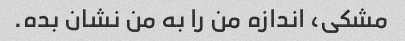
مشکی، اندازه من را به من نشان بده.